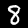
Digit: 8